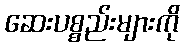
ဆေးပစ္စည်းများကို